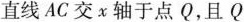
直线AC交x轴于点Q，且Q